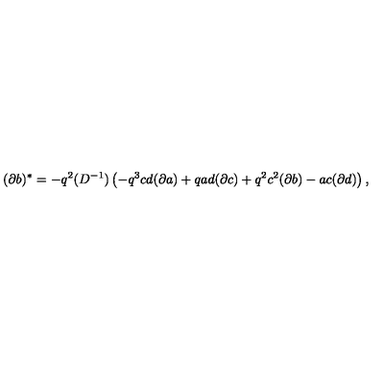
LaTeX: ( \partial b ) ^ { * } = - q ^ { 2 } ( D ^ { - 1 } ) \left( - q ^ { 3 } c d ( \partial a ) + q a d ( \partial c ) + q ^ { 2 } c ^ { 2 } ( \partial b ) - a c ( \partial d ) \right) ,